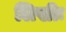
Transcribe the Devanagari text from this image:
लिखीः